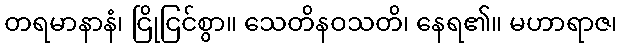
တရမာနာနံ၊ ငြိုငြင်စွာ။ သေတိနဝသတိ၊ နေရ၏။ မဟာရာဇ၊